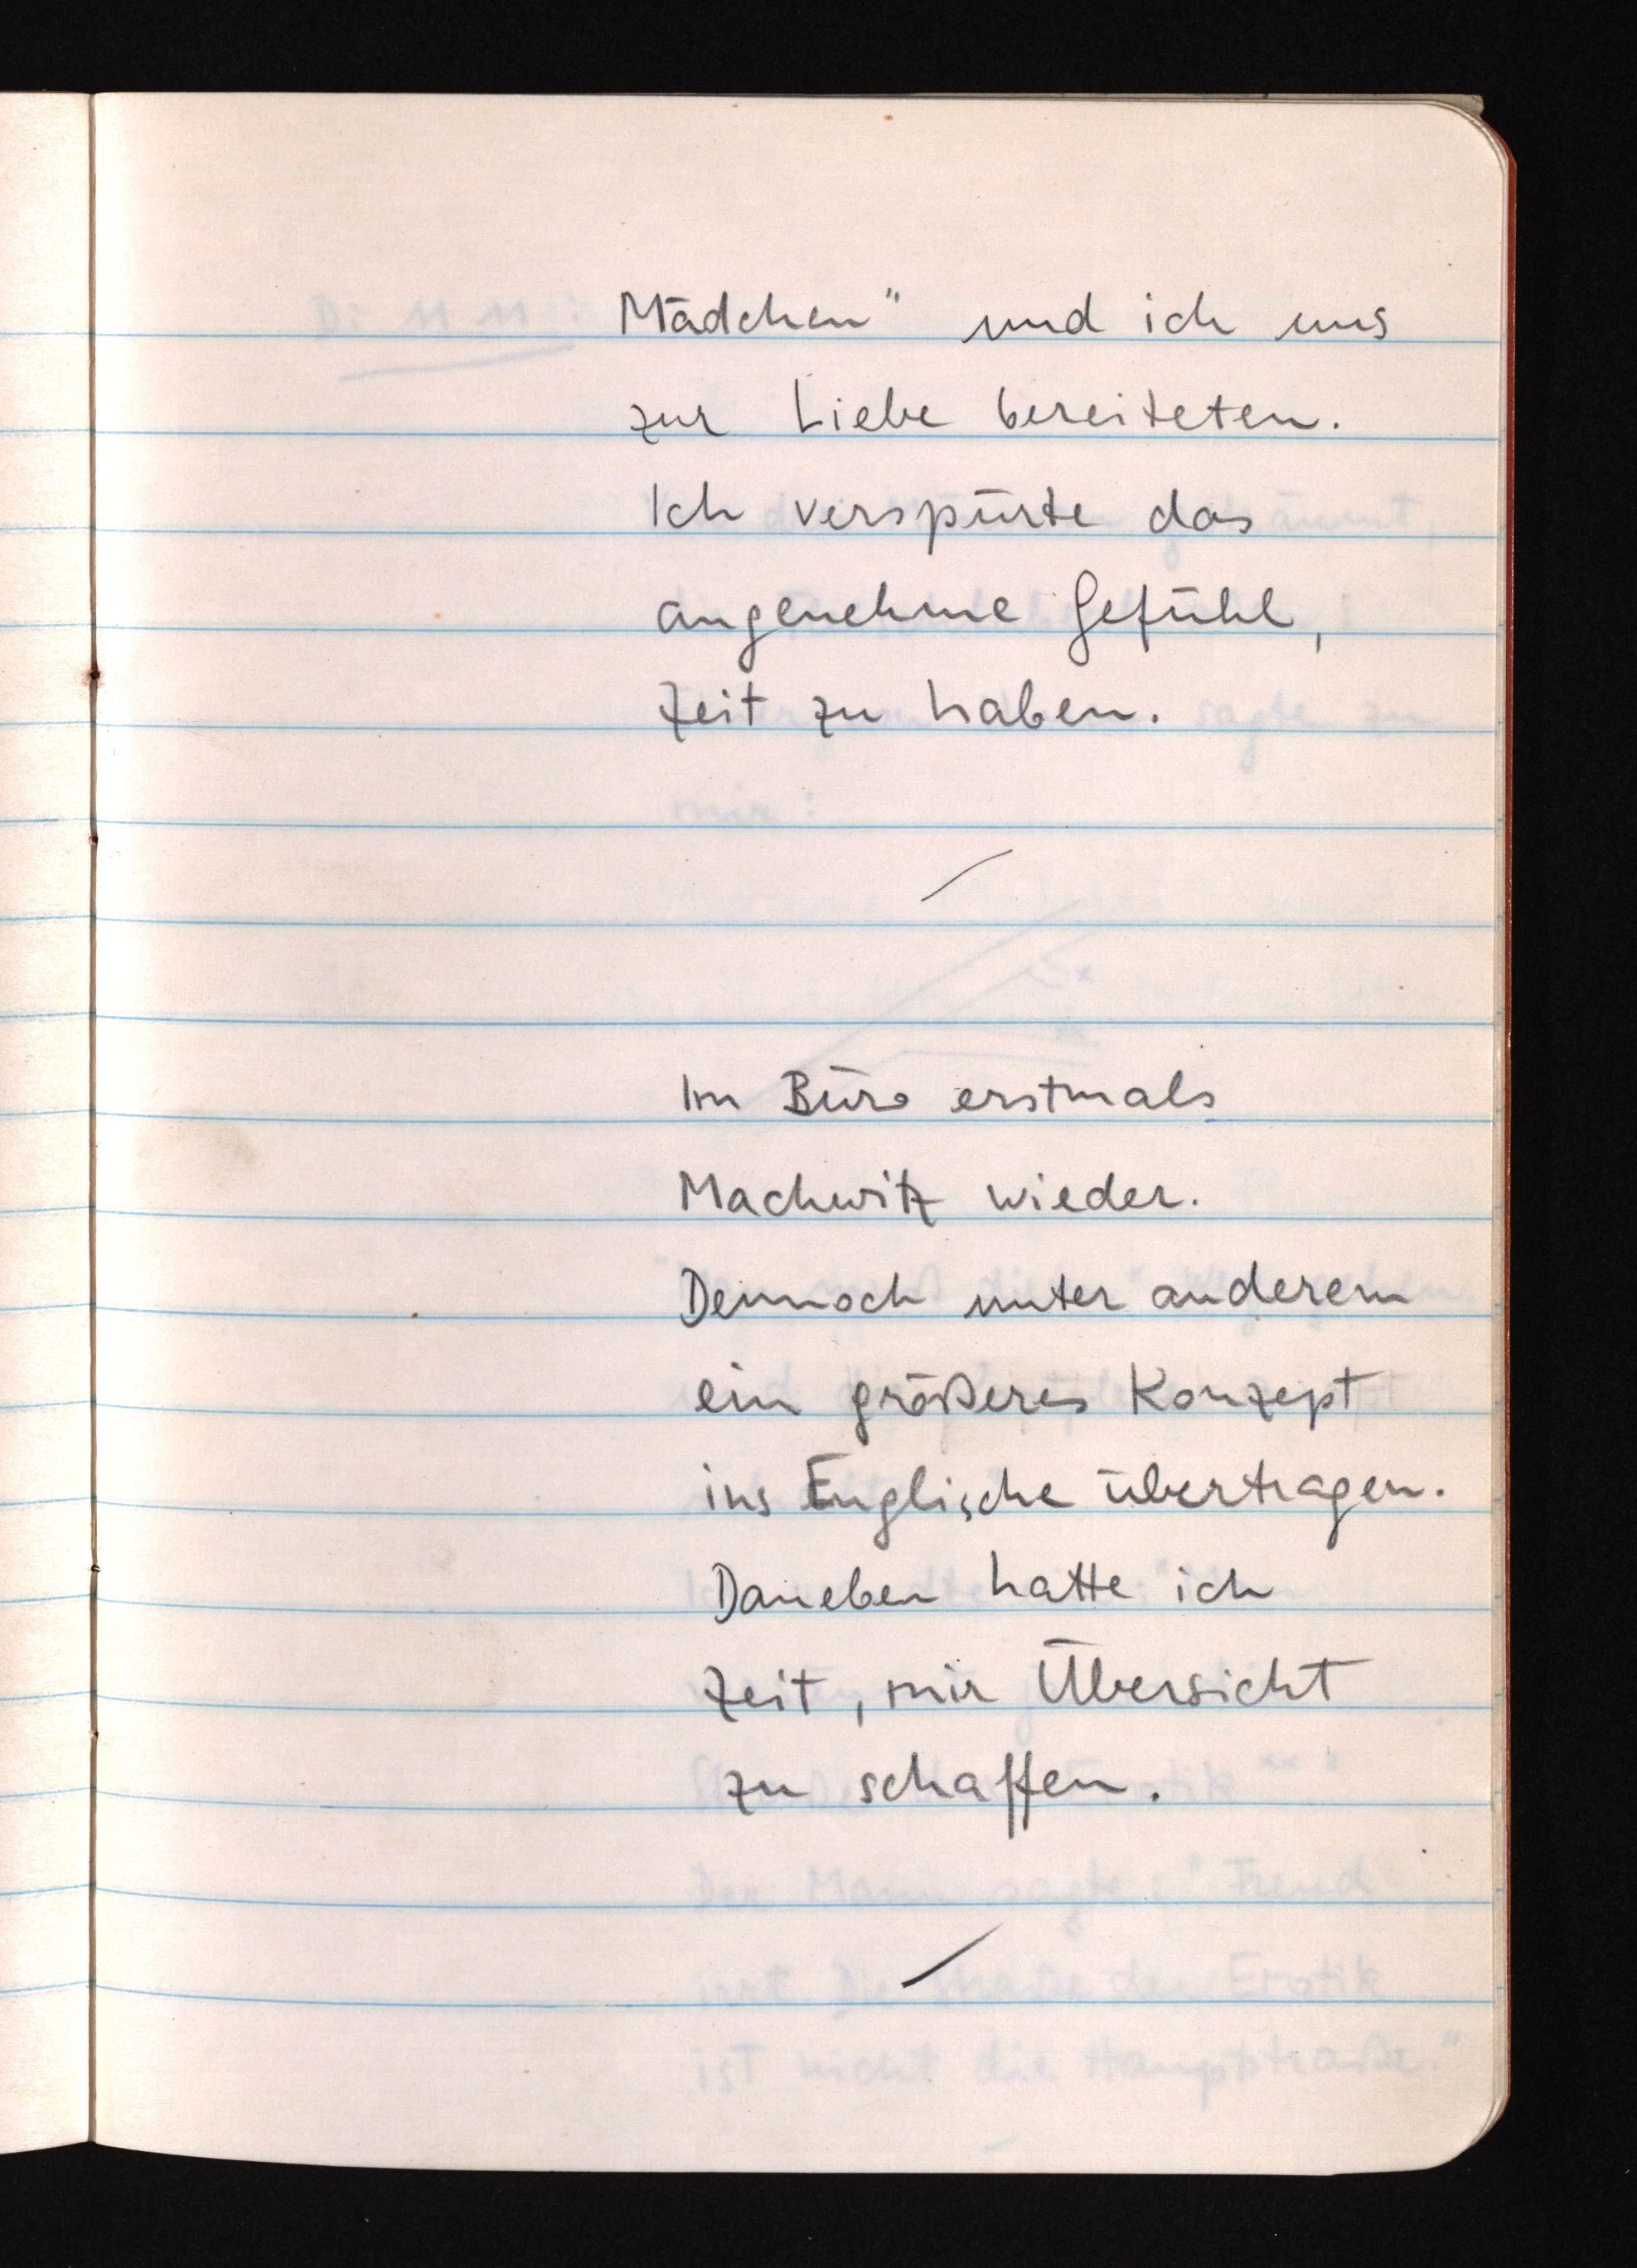
Mädchen" und ich uns
zur Liebe bereiteten.
Ich verspürte das
angenehme Gefühl,
Zeit zu haben.
Im Büro erstmals
Machwitz wieder.
Dennoch unter anderem
ein größeres Konzept
ins eEnglische übertragen.
Daneben hatte ich
Zeit, mir Übersicht
zu schaffen.